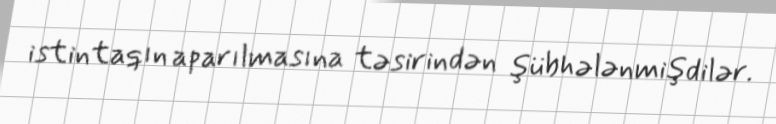
istintaqın aparılmasına təsirindən şübhələnmişdilər.